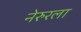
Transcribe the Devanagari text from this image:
नेरुरला